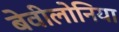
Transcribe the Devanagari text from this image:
बेवीलोनिया